Scottish Certificate of Education, 1962
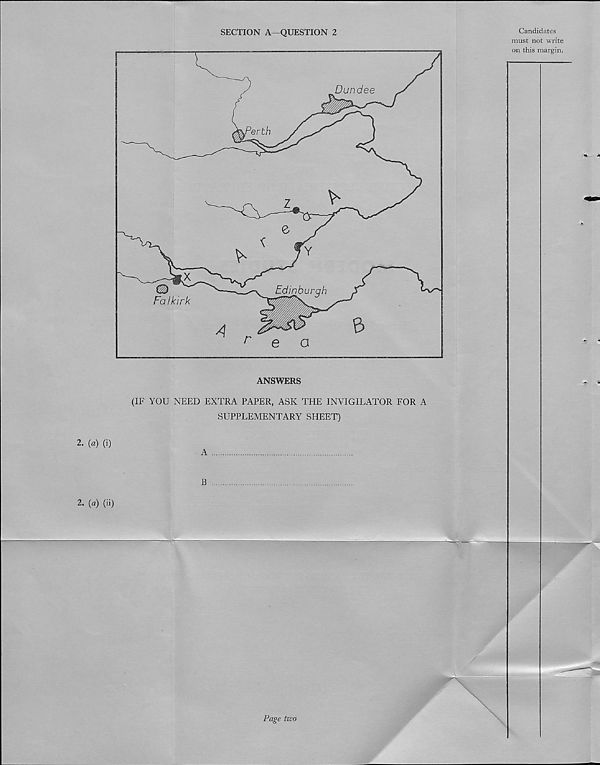
SECTION A—QUESTION 2
ANSWERS
(IF YOU NEED EXTRA PAPER, ASK THE INVIGILATOR FOR A
SUPPLEMENTARY SHEET)
2. (a) (i)
A
B
2. (a) (ii)
Candidates
must not write
on this margin.
Page two